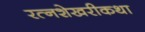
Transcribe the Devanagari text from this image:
रत्नशेखरीकथा